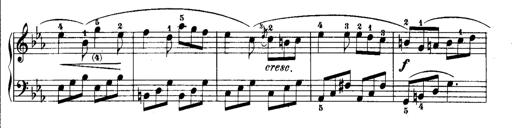
Title: Rondos and Sonatinas for Pianoforte
Composer: Daniel Steibelt